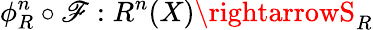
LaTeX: \phi_{R}^{n}\circ\mathscr{F}:R^{n}(X)\rightarrowS_{R}